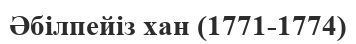
Әбілпейіз хан (1771-1774)